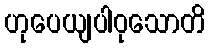
ဟုပေယျပါဝုသောတိ